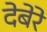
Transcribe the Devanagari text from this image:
देबेरे